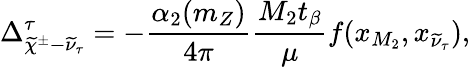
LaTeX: \Delta_{\widetilde{\chi}^{\pm}-\widetilde{\nu}_{\tau}}^{\tau}=-\frac{\alpha_{2}(m_{Z})}{4\pi}\frac{M_{2}t_{\beta}}{\mu}f(x_{M_{2}},x_{\widetilde{\nu}_{\tau}}),